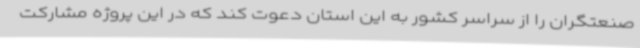
صنعتگران را از سراسر کشور به این استان دعوت کند که در این پروژه مشارکت